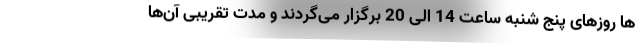
ها روزهای پنج شنبه ساعت 14 الی 20 برگزار می‌گردند و مدت تقریبی آن‌ها